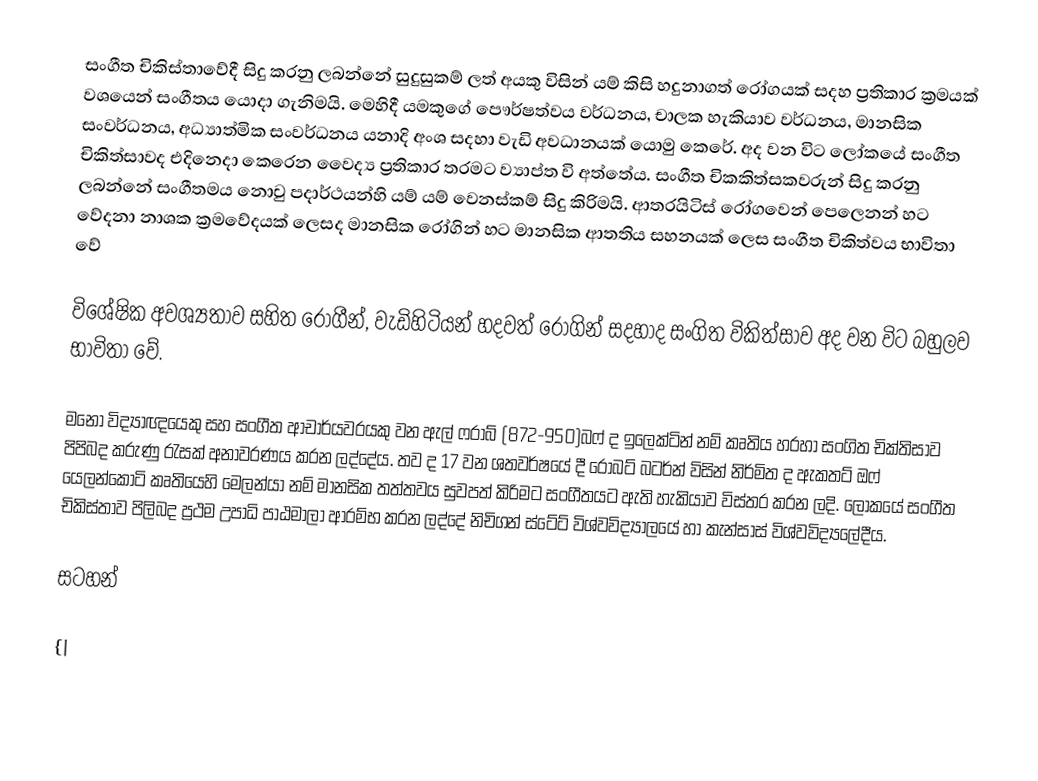
සංගීත චිකිස්තාවේදී සිදු කරනු ලබන්නේ සුදුසුකම් ලත් අයකු විසින් යම් කිසි හදුනාගත් රෝගයක් සදහ ප්‍රතිකාර ක්‍රමයක් වශයෙන් සංගීතය යොදා ගැනිමයි. මෙහිදී යමකුගේ පෞර්ෂත්වය වර්ධනය, චාලක හැකියාව වර්ධනය, මානසික සංවර්ධනය, අධ්‍යාත්මික සංවර්ධනය යනාදි අංශ සදහා වැඩි අවධානයක් යොමු කෙරේ. අද වන විට ලෝකයේ සංගීත චිකිත්සාවද එදිනෙදා කෙරෙන වෛද්‍ය ප්‍රතිකාර තරමට ව්‍යාප්ත වි අත්තේය. සංගීත චිකකිත්සකවරුන් සිදු කරනු ලබන්නේ සංගීතමය නොවු පදාර්ථයන්හි යම් යම් වෙනස්කම් සිදු කිරිමයි. ආතරයිටිස් රෝගවෙන් පෙලෙනන් හට වේදනා නාශක ක්‍රමවේදයක් ලෙසද මානසික රෝගින් හට මානසික ආතතිය සහනයක් ලෙස සංගීත චිකිත්වය භාවිතා වේ

විශේෂික අවශ්‍යතාව සහිත රෝගීන්, වැඩිහිටියන් හදවත් රෝගින් සදහාද සංගිත  විකිත්සාව අද වන විට බහුලව භාවිතා වේ.

මනෝ විද්‍යාඥයෙකු සහ සංගීත ආචාර්යවරයකු වන ඇල් ෆරාබ් (872-950)බෆ් ද ඉලෙක්ටින් නම් කෘතිය හරහා සංගිත චික්තිසාව පිපිබද කරුණු රැසක් අනාවරණය කරන ලද්දේය. තව ද 17 වන ශතවර්ෂයේ දී රෝබට් බටර්න් විසින් නිර්මිත ද ඇකතට් ඔෆ් යෙලන්කොටි කෘතියෙහි මෙලන්යා නම් මානසික තත්තවය සුවපත් කිරිමට සංගීතයට ඇති හැකියාව විස්තර කරන ලදි. ලෝකයේ සංගීත චිකිස්තාව පිලිබද ප්‍රථම උපාධි පාඨමාලා ආරම්භ කරන ලද්දේ නිචිගන් ස්ටේට්   විශ්වවිද්‍යාලයේ හා කැන්සාස් විශ්වවිද්‍යලේදීය.

සටහන්

{|